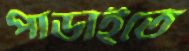
পাডাইতে